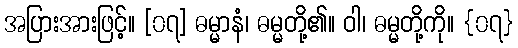
အပြားအားဖြင့်။ [၀၇] ဓမ္မာနံ၊ ဓမ္မတို့၏။ ဝါ၊ ဓမ္မတို့ကို။ {၀၇}